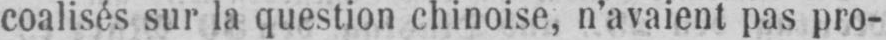
coalisés sur la question chinoise, n’avaient pas pro-